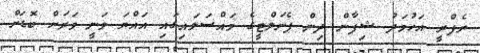
ރެފްރީ އަހުމަދު ޝިފާން ދިން ޕެނަލްޓީގެ މައްސަލައިގައި އައްޔަ ވަނީ ވަރަށް ބޮޑަށް